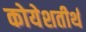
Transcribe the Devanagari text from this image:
कोयेशतीर्थ